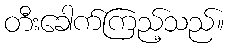
တီးခေါက်ကြည့်သည်။